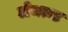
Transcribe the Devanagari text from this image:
लेमान्ट